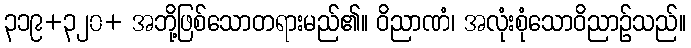
၃၁၉+၃၂၀+ အဘို့ဖြစ်သောတရားမည်၏။ ဝိညာဏံ၊ အလုံးစုံသောဝိညာဉ်သည်။